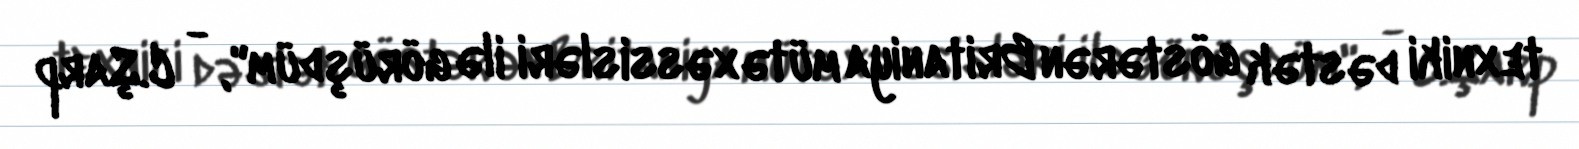
texniki dəstək göstərən Britaniya mütəxəssisləri ilə görüşdüm", - C.Şarp